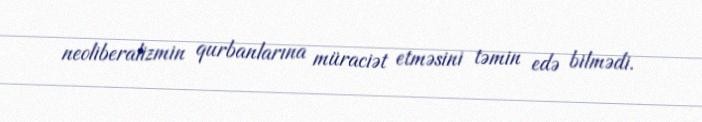
neoliberalizmin qurbanlarına müraciət etməsini təmin edə bilmədi.